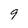
Character: 9